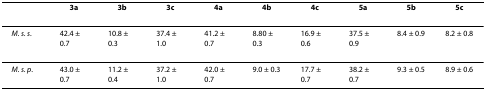
<table><thead><tr><td></td><td><b>3a</b></td><td><b>3b</b></td><td><b>3c</b></td><td><b>4a</b></td><td><b>4b</b></td><td><b>4c</b></td><td><b>5a</b></td><td><b>5b</b></td><td><b>5c</b></td></tr></thead><tbody><tr><td><i>M. s. s</i>.</td><td>42.4 ± 0.7</td><td>10.8 ± 0.3</td><td>37.4 ± 1.0</td><td>41.2 ± 0.7</td><td>8.80 ± 0.3</td><td>16.9 ± 0.6</td><td>37.5 ± 0.9</td><td>8.4 ± 0.9</td><td>8.2 ± 0.8</td></tr><tr><td><i>M. s. p</i>.</td><td>43.0 ± 0.7</td><td>11.2 ± 0.4</td><td>37.2 ± 1.0</td><td>42.0 ± 0.7</td><td>9.0 ± 0.3</td><td>17.7 ± 0.7</td><td>38.2 ± 0.7</td><td>9.3 ± 0.5</td><td>8.9 ± 0.6</td></tr></tbody></table>